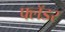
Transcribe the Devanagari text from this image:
फ्लँडर